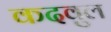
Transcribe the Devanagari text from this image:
कदवुल